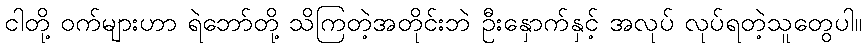
ငါတို့ ဝက်များဟာ ရဲဘော်တို့ သိကြတဲ့အတိုင်းဘဲ ဦးနှောက်နှင့် အလုပ် လုပ်ရတဲ့သူတွေပါ။